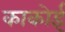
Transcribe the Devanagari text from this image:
काकोई